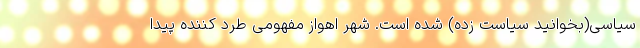
سیاسی(بخوانید سیاست زده) شده است. شهر اهواز مفهومی طرد کننده پیدا